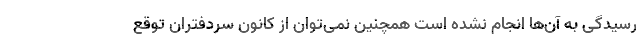
رسیدگی به آن‌ها انجام نشده است همچنین نمی‌توان از کانون سردفتران توقع